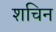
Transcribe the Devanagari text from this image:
शचिन